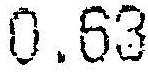
0.63